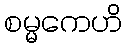
စမ္မကေဟိ